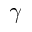
\gamma